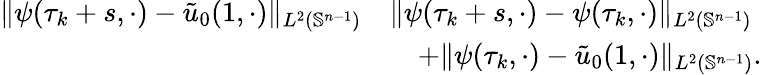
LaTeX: \begin{array}{rl}{\| \psi(\tau_{k}+s,\cdot)-\tilde{u}_{0}(1,\cdot)\| _{L^{2}(\mathbb{S}^{n-1})}}&{\le\| \psi(\tau_{k}+s,\cdot)-\psi(\tau_{k},\cdot)\| _{L^{2}(\mathbb{S}^{n-1})}}\\ &{\quad+\| \psi(\tau_{k},\cdot)-\tilde{u}_{0}(1,\cdot)\| _{L^{2}(\mathbb{S}^{n-1})}.}\end{array}